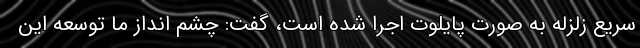
سریع زلزله به صورت پایلوت اجرا شده است، گفت: چشم انداز ما توسعه این